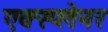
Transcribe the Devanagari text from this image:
एक्स्प्लेनर